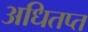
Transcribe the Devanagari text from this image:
अधितप्त